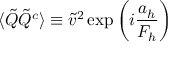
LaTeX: \langle \tilde { Q } \tilde { Q } ^ { c } \rangle \equiv \tilde { v } ^ { 2 } \exp \left( i \frac { a _ { h } } { F _ { h } } \right)